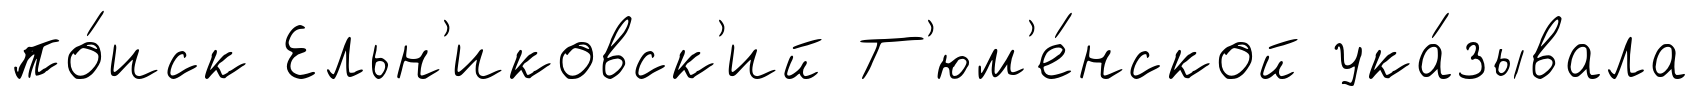
по́иск Ельн'иковск'ий Т'юм'е́нской ука́зывала